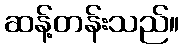
ဆန့်တန်းသည်။